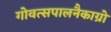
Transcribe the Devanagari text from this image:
गोवत्सपालनैकाग्रो